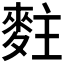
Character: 𪌘